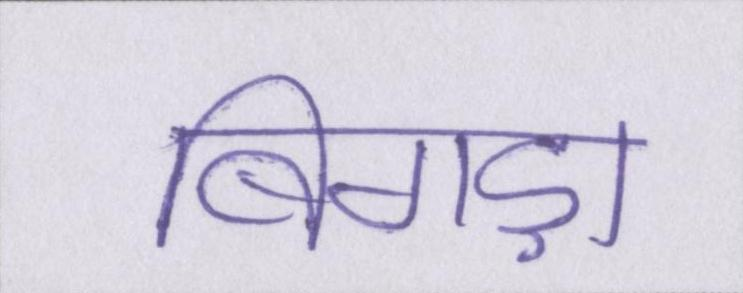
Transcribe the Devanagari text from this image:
बिगड़ा